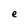
Character: e